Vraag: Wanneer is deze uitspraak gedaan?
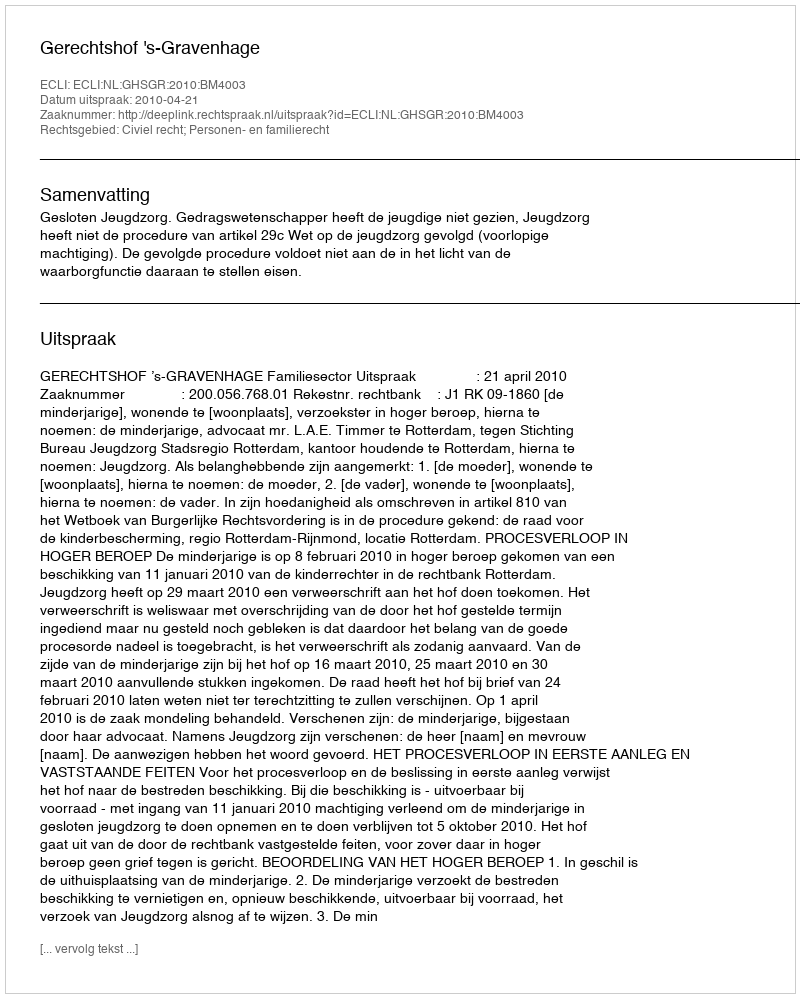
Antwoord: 2010-04-21